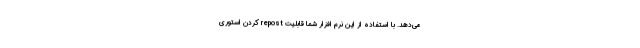
می‌دهد. با استفاده از این نرم افزار شما قابلیت repost کردن استوری